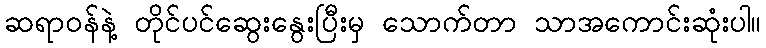
ဆရာဝန်နဲ့ တိုင်ပင်ဆွေးနွေးပြီးမှ သောက်တာ သာအကောင်းဆုံးပါ။